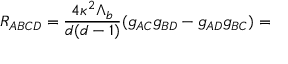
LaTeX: R _ { A B C D } = \frac { 4 \kappa ^ { 2 } \Lambda _ { b } } { d ( d - 1 ) } ( g _ { A C } g _ { B D } - g _ { A D } g _ { B C } ) =